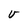
Character: v